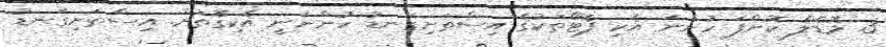
3. މޮޑެލް ކޮށްފަ ހުންނަ އެކި ފޮޓޯތަކުގެ އިސްތަށިގަނޑު ހުންނަނީ އެކިގޮތަށް. އިސްތަށިގަނޑު